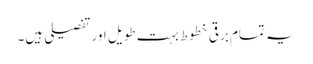
یہ تمام برقی خطوط بہت طویل اور تفصیلی ہیں۔